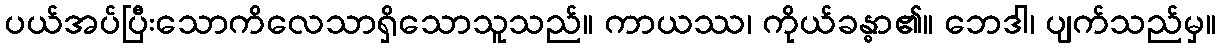
ပယ်အပ်ပြီးသောကိလေသာရှိသောသူသည်။ ကာယဿ၊ ကိုယ်ခန္ဓာ၏။ ဘေဒါ၊ ပျက်သည်မှ။